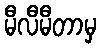
မီလီမီတာမှ